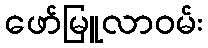
ဖော်မြူလာဝမ်း